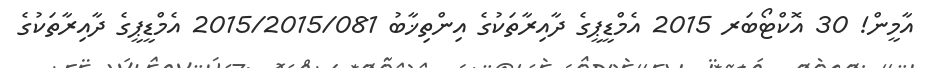
އާމީން! 30 އޮކްޓޯބަރ 2015 އެމްޑީޕީގެ ދާއިރާތަކުގެ އިންތިޚާބު 2015/2015/081 އެމްޑީޕީގެ ދާއިރާތަކުގެ